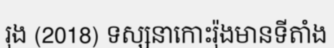
រុង (2018) ទស្សនាកោះរ៉ុងមានទីតាំង